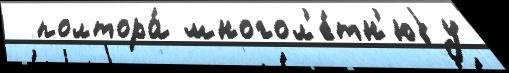
  полтора́ многол'е́тн'юjу